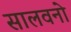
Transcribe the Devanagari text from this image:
सालवनो